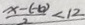
\frac { x - ( - b ) } { 2 } < 1 2